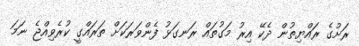
ރަށުގެ ރައްޔިތުން ދެކޭ އިރު މަގުތައް ރަނގަޅު ފެންވަރަކަށް ތަރައްގީ ކުރެވިއްޖެ ނަމަ